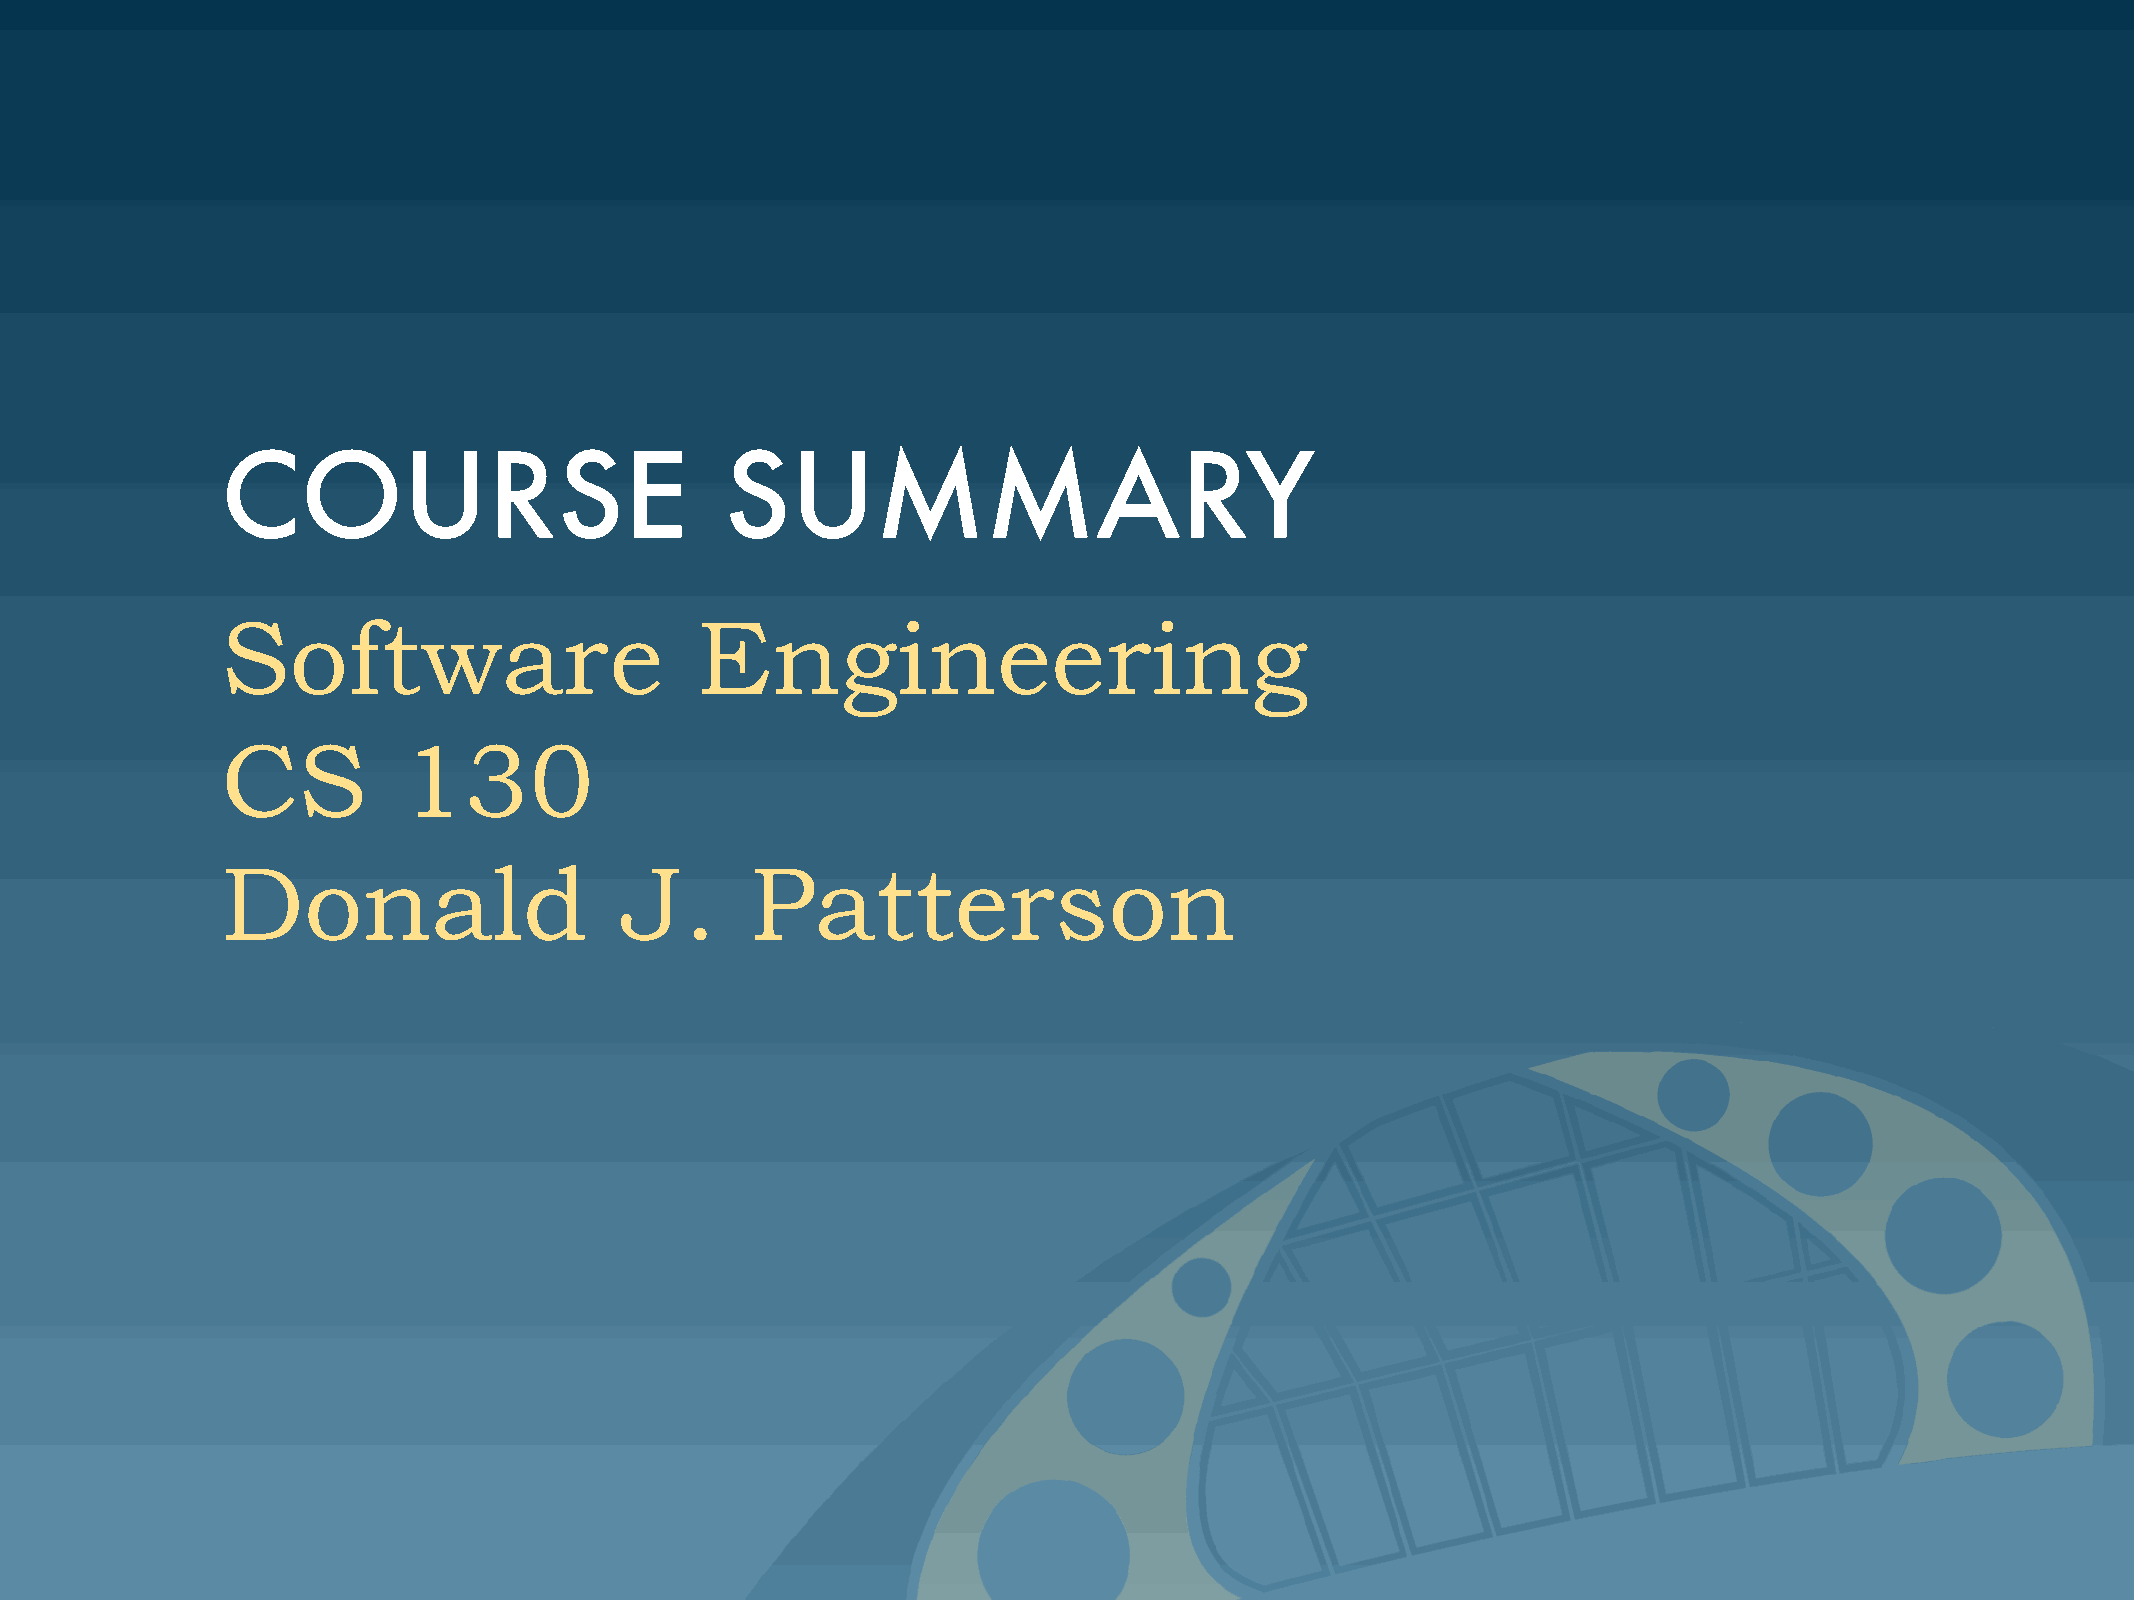
COURSE                           SUMMARY
 Software                       Engineering
 CS         130
 Donald                    J.       Patterson